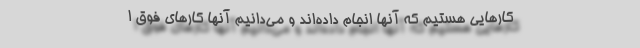
کارهایی هستیم که آنها انجام داده‌اند و می‌دانیم آنها کارهای فوق ا